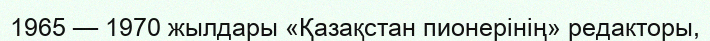
1965 — 1970 жылдары «Қазақстан пионерінің» редакторы,